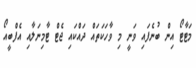
މަޓާޓޯ އިން ބުނެފައި ވަނީ މި ވާހަކަތައް ދައްކައި ޖެޓް ޓާމިނަލާއި އެފްބީއޯ